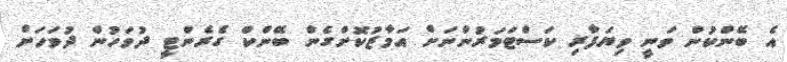
އެ ބޭންކުން ވަނީ ވިޔަފާރި ކަސްޓަމަރުންނަށް އަމާޒުކޮށްގެން ބޭންކް ގެރެންޓީ ދުވަހުން ދުވަހަށް